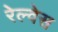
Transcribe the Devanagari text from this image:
रेल्वेस